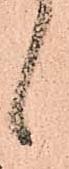
候